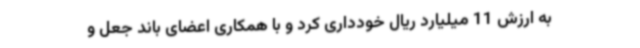
به ارزش 11 میلیارد ریال خودداری کرد و با همکاری اعضای باند جعل و